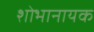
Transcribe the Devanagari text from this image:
शोभानायक